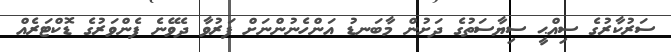
ސަރުކާރުގެ ސިއްޙީ ސިޔާސަތުގެ ދަށުން މާބަނޑު އަންހެނުންނަށް ފަރުވާ ދެވޭނެ ފެންވަރުގެ ޑޮކްޓަރެއް